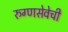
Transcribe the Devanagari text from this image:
रुग्णसेवेची